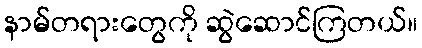
နာမ်တရားတွေကို ဆွဲဆောင်ကြတယ်။